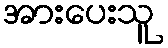
အားပေးသူ